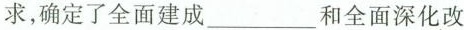
求，确定了全面建成___和全面深化改